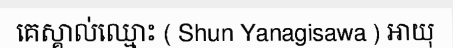
គេស្គាល់ឈ្មោះ ( Shun Yanagisawa ) អាយុ